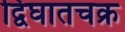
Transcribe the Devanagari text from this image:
द्विघातचक्र